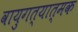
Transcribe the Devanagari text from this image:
वायुगत्यात्मक